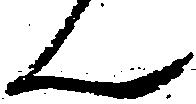
ん